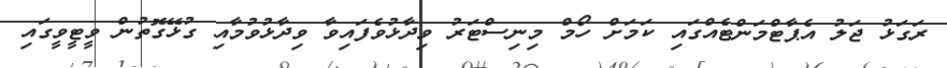
ރަގަޅު ޖަލު އެޕާޓްމަންޓެއްގައި ކަމަށް ހޯމް މިނިސްޓަރު ވިދާޅުވެފައިވާ ވިދާޅުވުމާއި ގުޅޭގޮތުން ވީޓީވީގައި